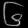
Digit: ၆